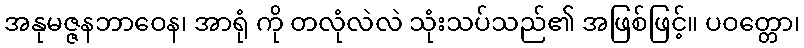
အနုမဇ္ဇနဘာဝေန၊ အာရုံ ကို တလုံလဲလဲ သုံးသပ်သည်၏ အဖြစ်ဖြင့်။ ပဝတ္တော၊